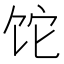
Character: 𬲱